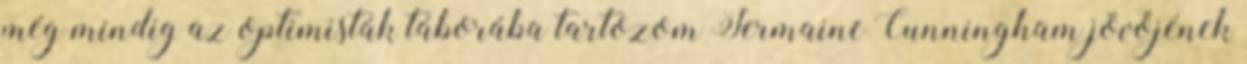
még mindig az optimisták táborába tartozom Jermaine Cunningham jövőjének